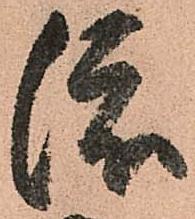
渡